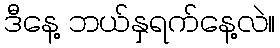
ဒီနေ့ ဘယ်နှရက်နေ့လဲ။